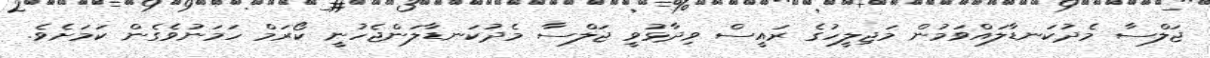
ޖަލްސާ މެދުކަނޑާލައްވަމުން މަޖިލީހުގެ ރައީސް ވިދާޅުވީ ޖަލްސާ މެދުކަނޑާލަންޖެހުނީ ކޯރަމް ހަމަނުވެގެން ކަމަށެވެ.